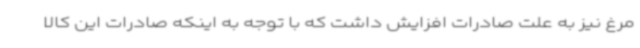
مرغ نیز به علت صادرات افزایش داشت که با توجه به اینکه صادرات این کالا